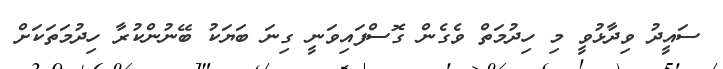
ސައީދު ވިދާޅުވީ މި ހިދުމަތް ވެގެން ގޮސްފައިވަނީ ގިނަ ބަޔަކު ބޭނުންކުރާ ހިދުމަތަކަށް